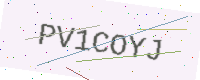
Text: PV1COYJ